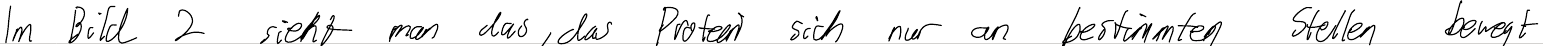
Im Bild 2 sieht man das, das Protein sich nur an bestimmten Stellen bewegt